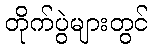
တိုက်ပွဲများတွင်